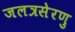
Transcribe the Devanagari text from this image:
जलत्रसेरणु